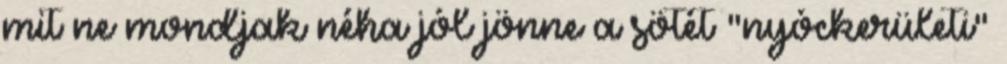
mit ne mondjak néha jól jönne a sötét "nyóckerületi"